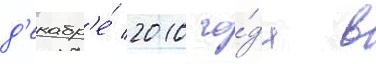
д'екабр'е́ 2010 го́да в